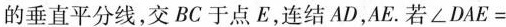
的垂直平分线，交B C于点E，连结A D，A E。若$$∠ D A E =